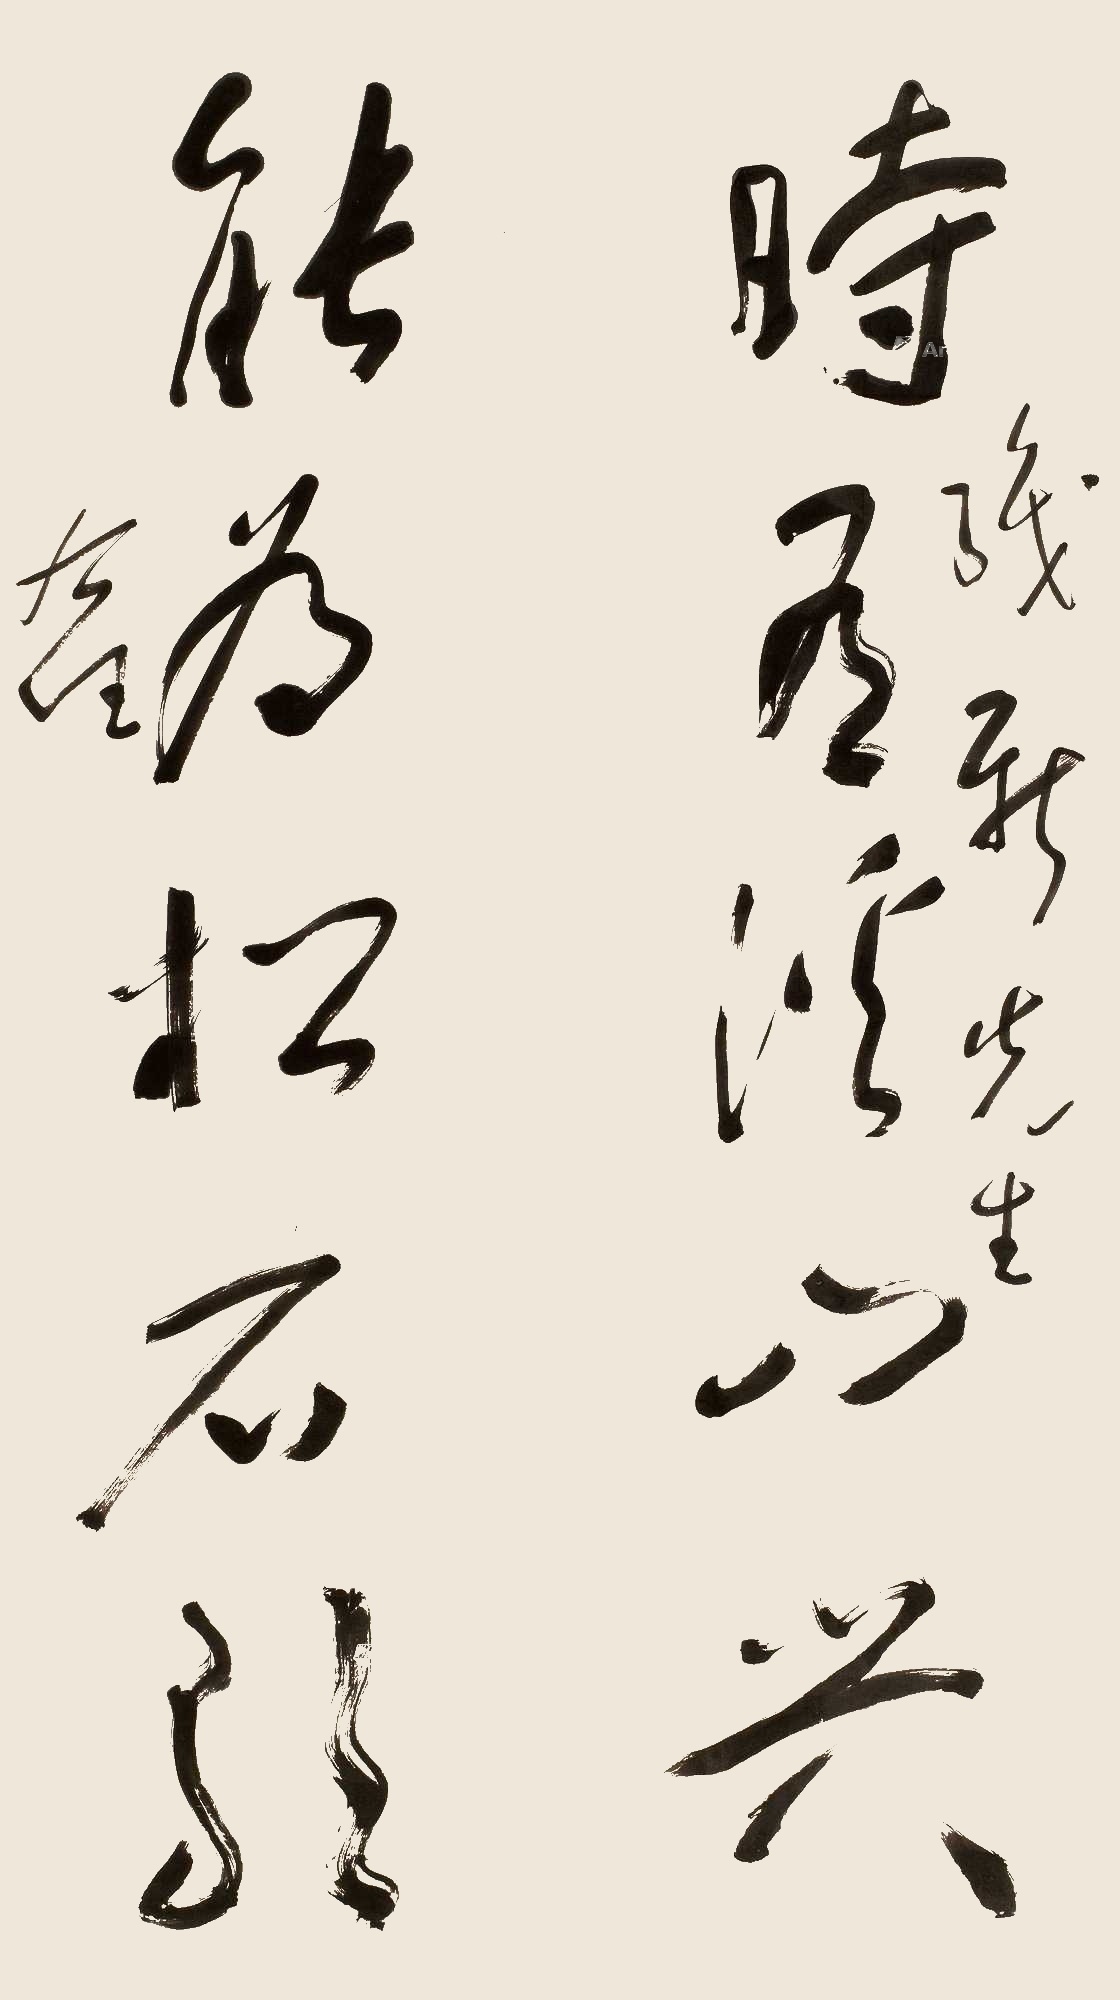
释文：时有溪山兴，能为松石歌。织新先生，右任。